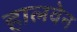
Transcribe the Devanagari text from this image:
हालवेन